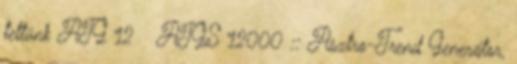
tettünk ATG 12 ATGS 12000 :: Asztro-Trend Generátor,